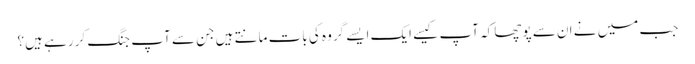
جب میں نے ان سے پوچھا کہ آپ کیسے ایک ایسے گروہ کی بات مانتے ہیں جن سے آپ جنگ کر رہے ہیں؟